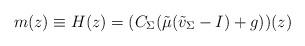
LaTeX: \begin{gather*}m(z) \equiv H(z) = (C_{\Sigma}( \tilde{\mu} (\tilde{v}_\Sigma -I) + g))(z)\end{gather*}